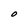
Character: O